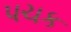
પચક